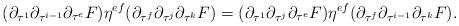
LaTeX: \begin{align*} (\partial_{\tau^1}\partial_{\tau^{i-1}}\partial_{\tau^e}F)\eta^{ef}(\partial_{\tau^f}\partial_{\tau^{j}}\partial_{\tau^k}F) = (\partial_{\tau^1}\partial_{\tau^{j}}\partial_{\tau^{e}}F)\eta^{ef} (\partial_{\tau^f}\partial_{\tau^{i-1}}\partial_{\tau^k}F).\end{align*}